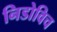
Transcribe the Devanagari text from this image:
निडोविच